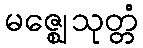
မဇ္ဈေသုတ္တံ